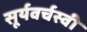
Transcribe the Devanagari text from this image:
सूर्यवर्चस्वी